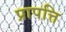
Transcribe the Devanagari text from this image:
प्रापत्ति